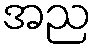
အည